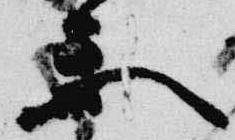
楽